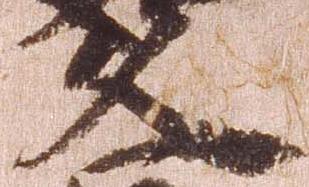
久